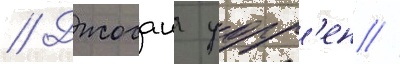
// Джосаия уорр'ен //